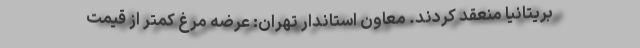
بریتانیا منعقد کردند. معاون استاندار تهران: عرضه مرغ کمتر از قیمت